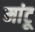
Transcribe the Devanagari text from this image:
मांटू